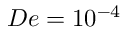
D e = 1 0 ^ { - 4 }